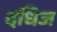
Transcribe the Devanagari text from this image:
दधिज